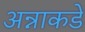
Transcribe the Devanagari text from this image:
अन्नाकडे